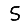
Digit: 5